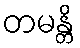
တမန္တိ